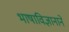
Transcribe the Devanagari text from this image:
भाषाविज्ञानाने